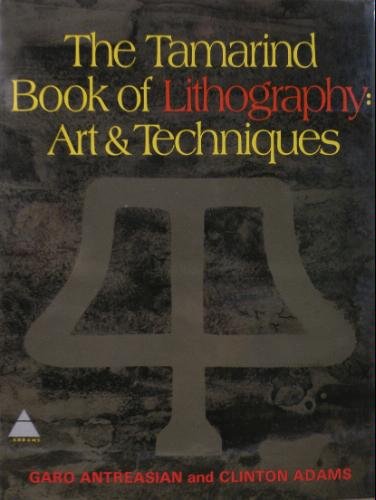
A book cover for The Tamarind Book of Lithography: Art and Techniques; Garo Z. Antreasian; Arts & Photography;